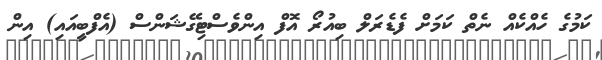
ކަމުގެ ހެއްކެއް ނެތް ކަމަށް ފެޑެރަލް ބިއުރޯ އޮފް އިންވެސްޓިގޭޝަންސް (އެފްބީއައި) އިން